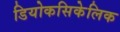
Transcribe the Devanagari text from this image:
डियोकसिकेलिक